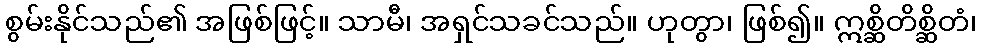
စွမ်းနိုင်သည်၏ အဖြစ်ဖြင့်။ သာမီ၊ အရှင်သခင်သည်။ ဟုတွာ၊ ဖြစ်၍။ ဣစ္ဆိတိစ္ဆိတံ၊